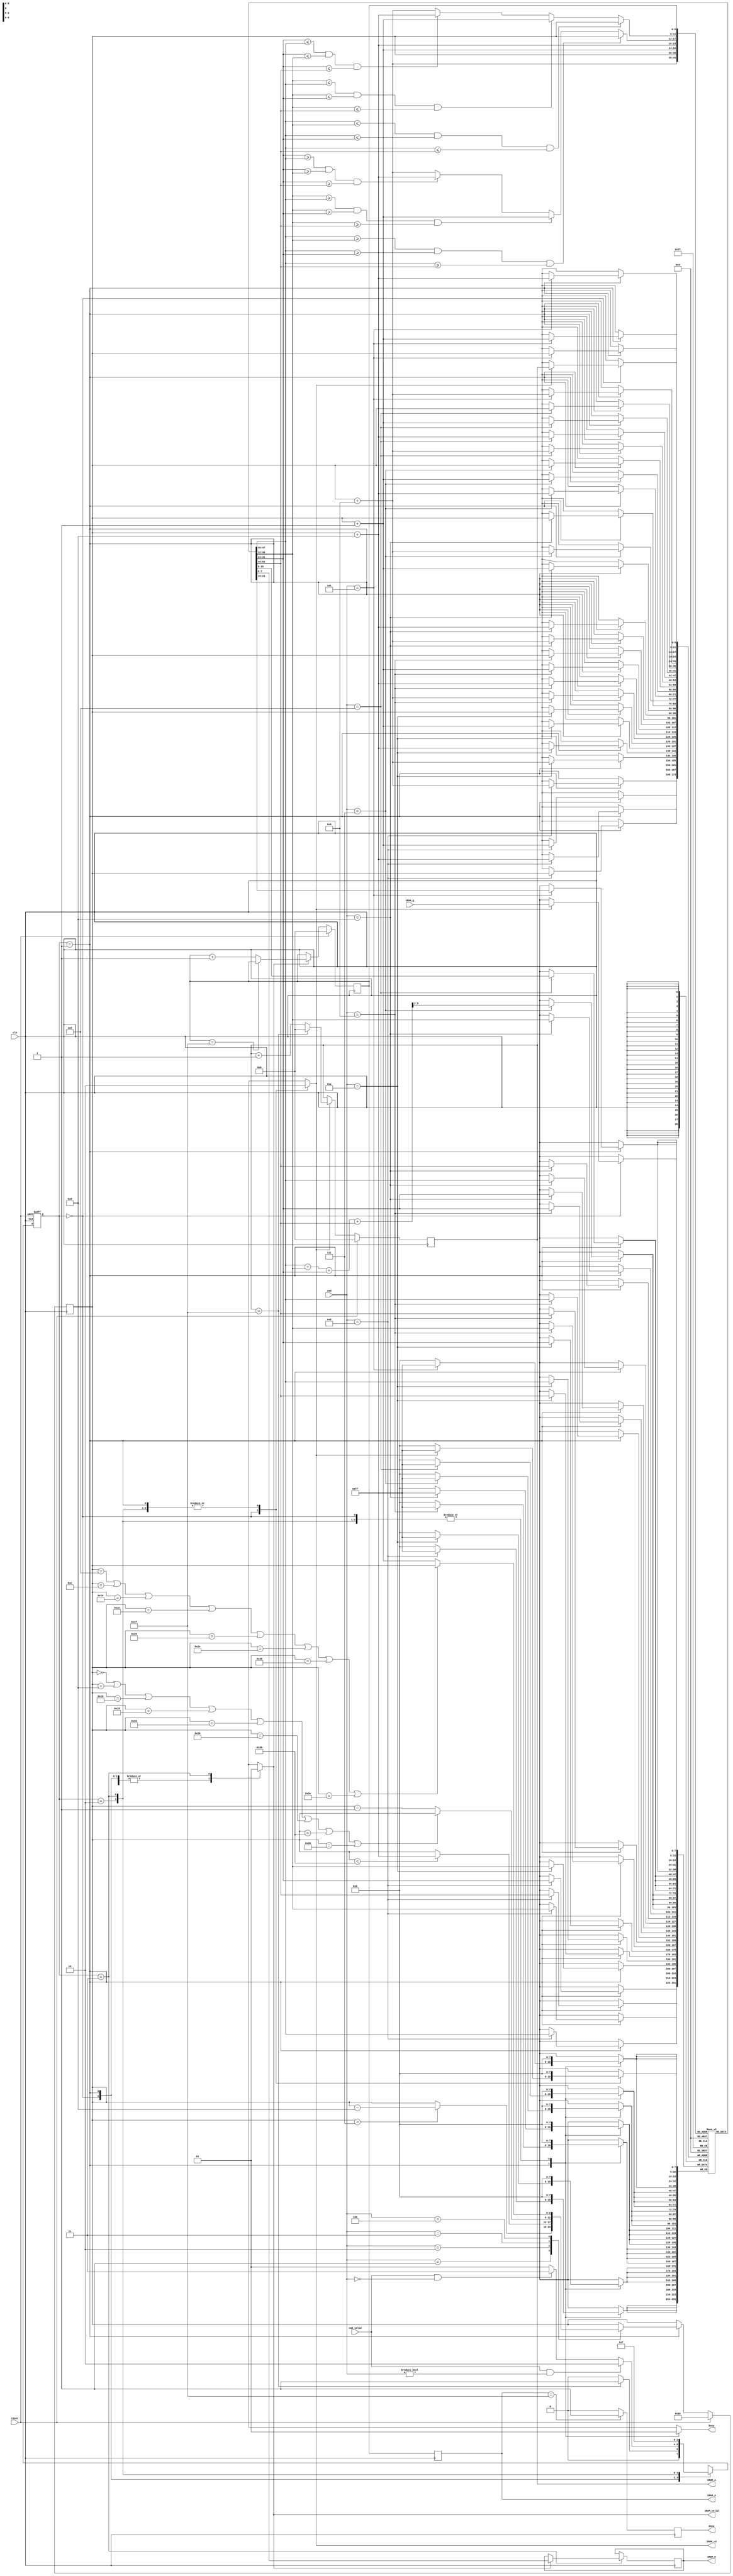
module LCD_CTRL(clk,
                reset,
                cmd,
                cmd_valid,
                IROM_Q,
                IROM_rd,
                IROM_A,
                IRAM_valid,
                IRAM_D,
                IRAM_A,
                busy,
                done);
    input clk;
    input reset;
    input [3:0] cmd;
    input cmd_valid;
    input [7:0] IROM_Q;
    output IROM_rd;
    output [5:0] IROM_A;
    output IRAM_valid;
    output [7:0] IRAM_D;
    output [5:0] IRAM_A;
    output busy;
    output done;
    
    //parameter
    parameter READ     = 2'd0;
    parameter IDLE_CMD = 2'd1;
    parameter OP       = 2'd2;
    parameter WRITE    = 2'd3;
    //
    
    //define reg or wire
    reg [1:0]state_cs;
    reg [1:0]state_ns;
    reg [7:0] ImageBuffer[63:0];
    reg [5:0]P0;
    wire [5:0]P1,P2,P3;
    reg [5:0] counter;
    
    
    reg IROM_rd;
    reg [5:0] IROM_A;
    reg IRAM_valid;
    reg [7:0] IRAM_D;
    reg [5:0] IRAM_A;
    reg busy;
    reg done;
    reg [5:0] cmpMax,cmpMin;
    reg [9:0]sum;
    //
    
    //state switch
    always@(posedge clk or posedge reset)
    begin
        if (reset) state_cs <= READ;
        else state_cs <= state_ns;
    end
    //
    
    //next state logic
    always@(*)
    begin
        case(state_cs)
            READ:
            begin
                if (IROM_A == 6'd63) state_ns = IDLE_CMD;
                else state_ns = READ;
            end
            IDLE_CMD:
            begin
                if (cmd_valid && cmd != 4'd0) state_ns = OP;
                else if (cmd_valid && cmd == 4'd0) state_ns = WRITE;
                else state_ns = IDLE_CMD;
            end
            OP:
            begin
                state_ns = IDLE_CMD;
            end
            WRITE:
            begin
                state_ns = WRITE;
            end
        endcase
    end
    //
    
    //logic
    assign P1 = P0 +6'd1;
    assign P2 = P0 +6'd8;
    assign P3 = P0 +6'd9;
    //
    
    //control singal
    always@(*)
    begin
        case(state_cs)
            READ:
            begin
                IROM_rd    = 1'd1;
                IRAM_valid = 1'd0;
                busy       = 1'd1;
            end
            IDLE_CMD:
            begin
                IROM_rd    = 1'd0;
                IRAM_valid = 1'd0;
                busy       = 1'd0;
            end
            OP:
            begin
                IROM_rd    = 1'd0;
                IRAM_valid = 1'd0;
                busy       = 1'd1;
            end
            WRITE:
            begin
                IROM_rd    = 1'd0;
                IRAM_valid = 1'd1;
                busy       = 1'd1;
            end
        endcase
    end
    //
    
    //IROM_A counter
    always@(posedge clk)
    begin
        if (reset == 1'd1) IROM_A <= 6'd0;
        else if (IROM_rd == 1'd1)
        begin
        if (IROM_A == 6'd63) IROM_A <= 6'd0;
        else IROM_A <= IROM_A +6'd1;
    end
    end
    //
    
    //IRAM_A counter
    always@(posedge clk)
    begin
        if (reset == 1'd1) counter <= 6'd0;
        else if (IRAM_valid == 1'd1)
        begin
            if (counter == 6'd63) counter <= counter;
            else counter <= counter +6'd1;
        end
    end
    //
    
    //IRAM_A delay 1 clk
    always@(posedge clk)
    begin
        IRAM_A <= counter;
    end
    //
    
    //point move
    always@(posedge clk)
    begin
        if (reset == 1'd1) P0 <= 6'h1b; //6'd27
        else
        begin
        if (state_cs == IDLE_CMD)
        begin
            case(cmd)
                4'd1: //shift_up
                begin
                    if (P0 > 6'd7) P0 <= P0 - 6'd8;
                    else P0           <= P0;
                end
                4'd2: //shift_down
                begin
                    if (P0<6'h30) P0 <= P0 +6'd8;
                    else P0          <= P0;
                end
                4'd3: //shift_left
                begin
                    if (P0 == 6'h0 || P0 == 6'h8 || P0 == 6'h10 || P0 == 6'h18 || P0 == 6'h20 || P0 == 6'h28 || P0 == 6'h30 || P0 == 6'h38) P0 <= P0;
                    else P0 <= P0 - 6'd1;
                end
                4'd4: //shift_right
                begin
                    if (P0 == 6'h6 || P0 == 6'he || P0 == 6'h16 || P0 == 6'h1e || P0 == 6'h26 || P0 == 6'h2e || P0 == 6'h36 || P0 == 6'h3e) P0 <= P0;
                    else P0 <= P0 +6'd1;
                end
            endcase
        end
    end
    end
    //
    
    //comparetor
    always@(*) //max
    begin
        
        if (ImageBuffer[P0] >= ImageBuffer[P1] && ImageBuffer[P0] >= ImageBuffer[P2] && ImageBuffer[P0] >= ImageBuffer[P3]) cmpMax = P0; //Max      = P0
        else if (ImageBuffer[P1] >= ImageBuffer[P0] && ImageBuffer[P1] >= ImageBuffer[P2] && ImageBuffer[P1] >= ImageBuffer[P3]) cmpMax = P1;
        else if (ImageBuffer[P2] >= ImageBuffer[P0] && ImageBuffer[P2] >= ImageBuffer[P1] && ImageBuffer[P2] >= ImageBuffer[P3]) cmpMax = P2;
        else cmpMax = P3;
        
        
    end
    
    always@(*) //min
    begin
        
        if (ImageBuffer[P0] <= ImageBuffer[P1] && ImageBuffer[P0] <= ImageBuffer[P2] && ImageBuffer[P0] <= ImageBuffer[P3]) cmpMin = P0; //Max      = P0
        else if (ImageBuffer[P1] <= ImageBuffer[P0] && ImageBuffer[P1] <= ImageBuffer[P2] && ImageBuffer[P1] <= ImageBuffer[P3]) cmpMin = P1;
        else if (ImageBuffer[P2] <= ImageBuffer[P0] && ImageBuffer[P2] <= ImageBuffer[P1] && ImageBuffer[P2] <= ImageBuffer[P3]) cmpMin = P2;
        else cmpMin = P3;
        
    end
    //
    
    //sum
    always@(*)
    begin
        sum = ImageBuffer[P0] + ImageBuffer[P1] + ImageBuffer[P2] + ImageBuffer[P3];
    end
    //
    
    
    //output logic
    always@(posedge clk)
    begin
        case(state_cs)
            READ:
            begin
                if (IROM_rd == 1'd1) ImageBuffer[IROM_A] <= IROM_Q;
            end
            IDLE_CMD:
            begin
                case(cmd)
                    4'd5: //max
                    begin
                        ImageBuffer[P0] <= ImageBuffer[cmpMax];
                        ImageBuffer[P1] <= ImageBuffer[cmpMax];
                        ImageBuffer[P2] <= ImageBuffer[cmpMax];
                        ImageBuffer[P3] <= ImageBuffer[cmpMax];
                    end
                    4'd6: //min
                    begin
                        ImageBuffer[P0] <= ImageBuffer[cmpMin];
                        ImageBuffer[P1] <= ImageBuffer[cmpMin];
                        ImageBuffer[P2] <= ImageBuffer[cmpMin];
                        ImageBuffer[P3] <= ImageBuffer[cmpMin];
                    end
                    4'd7: //average
                    begin
                        ImageBuffer[P0] <= sum[9:2];
                        ImageBuffer[P1] <= sum[9:2];
                        ImageBuffer[P2] <= sum[9:2];
                        ImageBuffer[P3] <= sum[9:2];
                    end
                    4'd8: //Counterclockwise Rotation
                    begin
                        ImageBuffer[P0] <= ImageBuffer[P1];
                        ImageBuffer[P1] <= ImageBuffer[P3];
                        ImageBuffer[P2] <= ImageBuffer[P0];
                        ImageBuffer[P3] <= ImageBuffer[P2];
                    end
                    4'd9: //Clockwise Rotation
                    begin
                        ImageBuffer[P0] <= ImageBuffer[P2];
                        ImageBuffer[P1] <= ImageBuffer[P0];
                        ImageBuffer[P2] <= ImageBuffer[P3];
                        ImageBuffer[P3] <= ImageBuffer[P1];
                    end
                    4'd10: //mirror X
                    begin
                        ImageBuffer[P0] <= ImageBuffer[P2];
                        ImageBuffer[P1] <= ImageBuffer[P3];
                        ImageBuffer[P2] <= ImageBuffer[P0];
                        ImageBuffer[P3] <= ImageBuffer[P1];
                    end
                    4'd11: //mirror y
                    begin
                        ImageBuffer[P0] <= ImageBuffer[P1];
                        ImageBuffer[P1] <= ImageBuffer[P0];
                        ImageBuffer[P2] <= ImageBuffer[P3];
                        ImageBuffer[P3] <= ImageBuffer[P2];
                    end
                endcase
            end
            OP:
            begin
                
            end
            WRITE:
            begin
                if (IRAM_valid == 1'd1) IRAM_D <= ImageBuffer[counter];
            end
        endcase
    end
    //
    
    //singal done
    always @(posedge clk)
    begin
        if (IRAM_A == 6'd63) done <= 1'd1;
        else done <= 1'd0;
    end
    //
    
    
    
endmodule